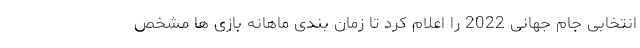
انتخابی جام جهانی 2022 را اعلام کرد تا زمان بندی ماهانه بازی ها مشخص